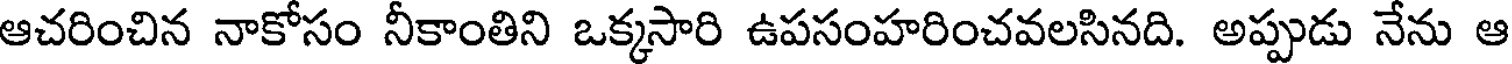
ఆచరించిన నాకోసం నీకాంతిని ఒక్కసారి ఉపసంహరించవలసినది. అప్పుడు నేను ఆ